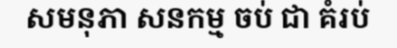
សមនុភា សនកម្ម ចប់ ជា គំរប់